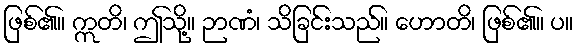
ဖြစ်၏။ ဣတိ၊ ဤသို့။ ဉာဏံ၊ သိခြင်းသည်။ ဟောတိ၊ ဖြစ်၏။ ပ။